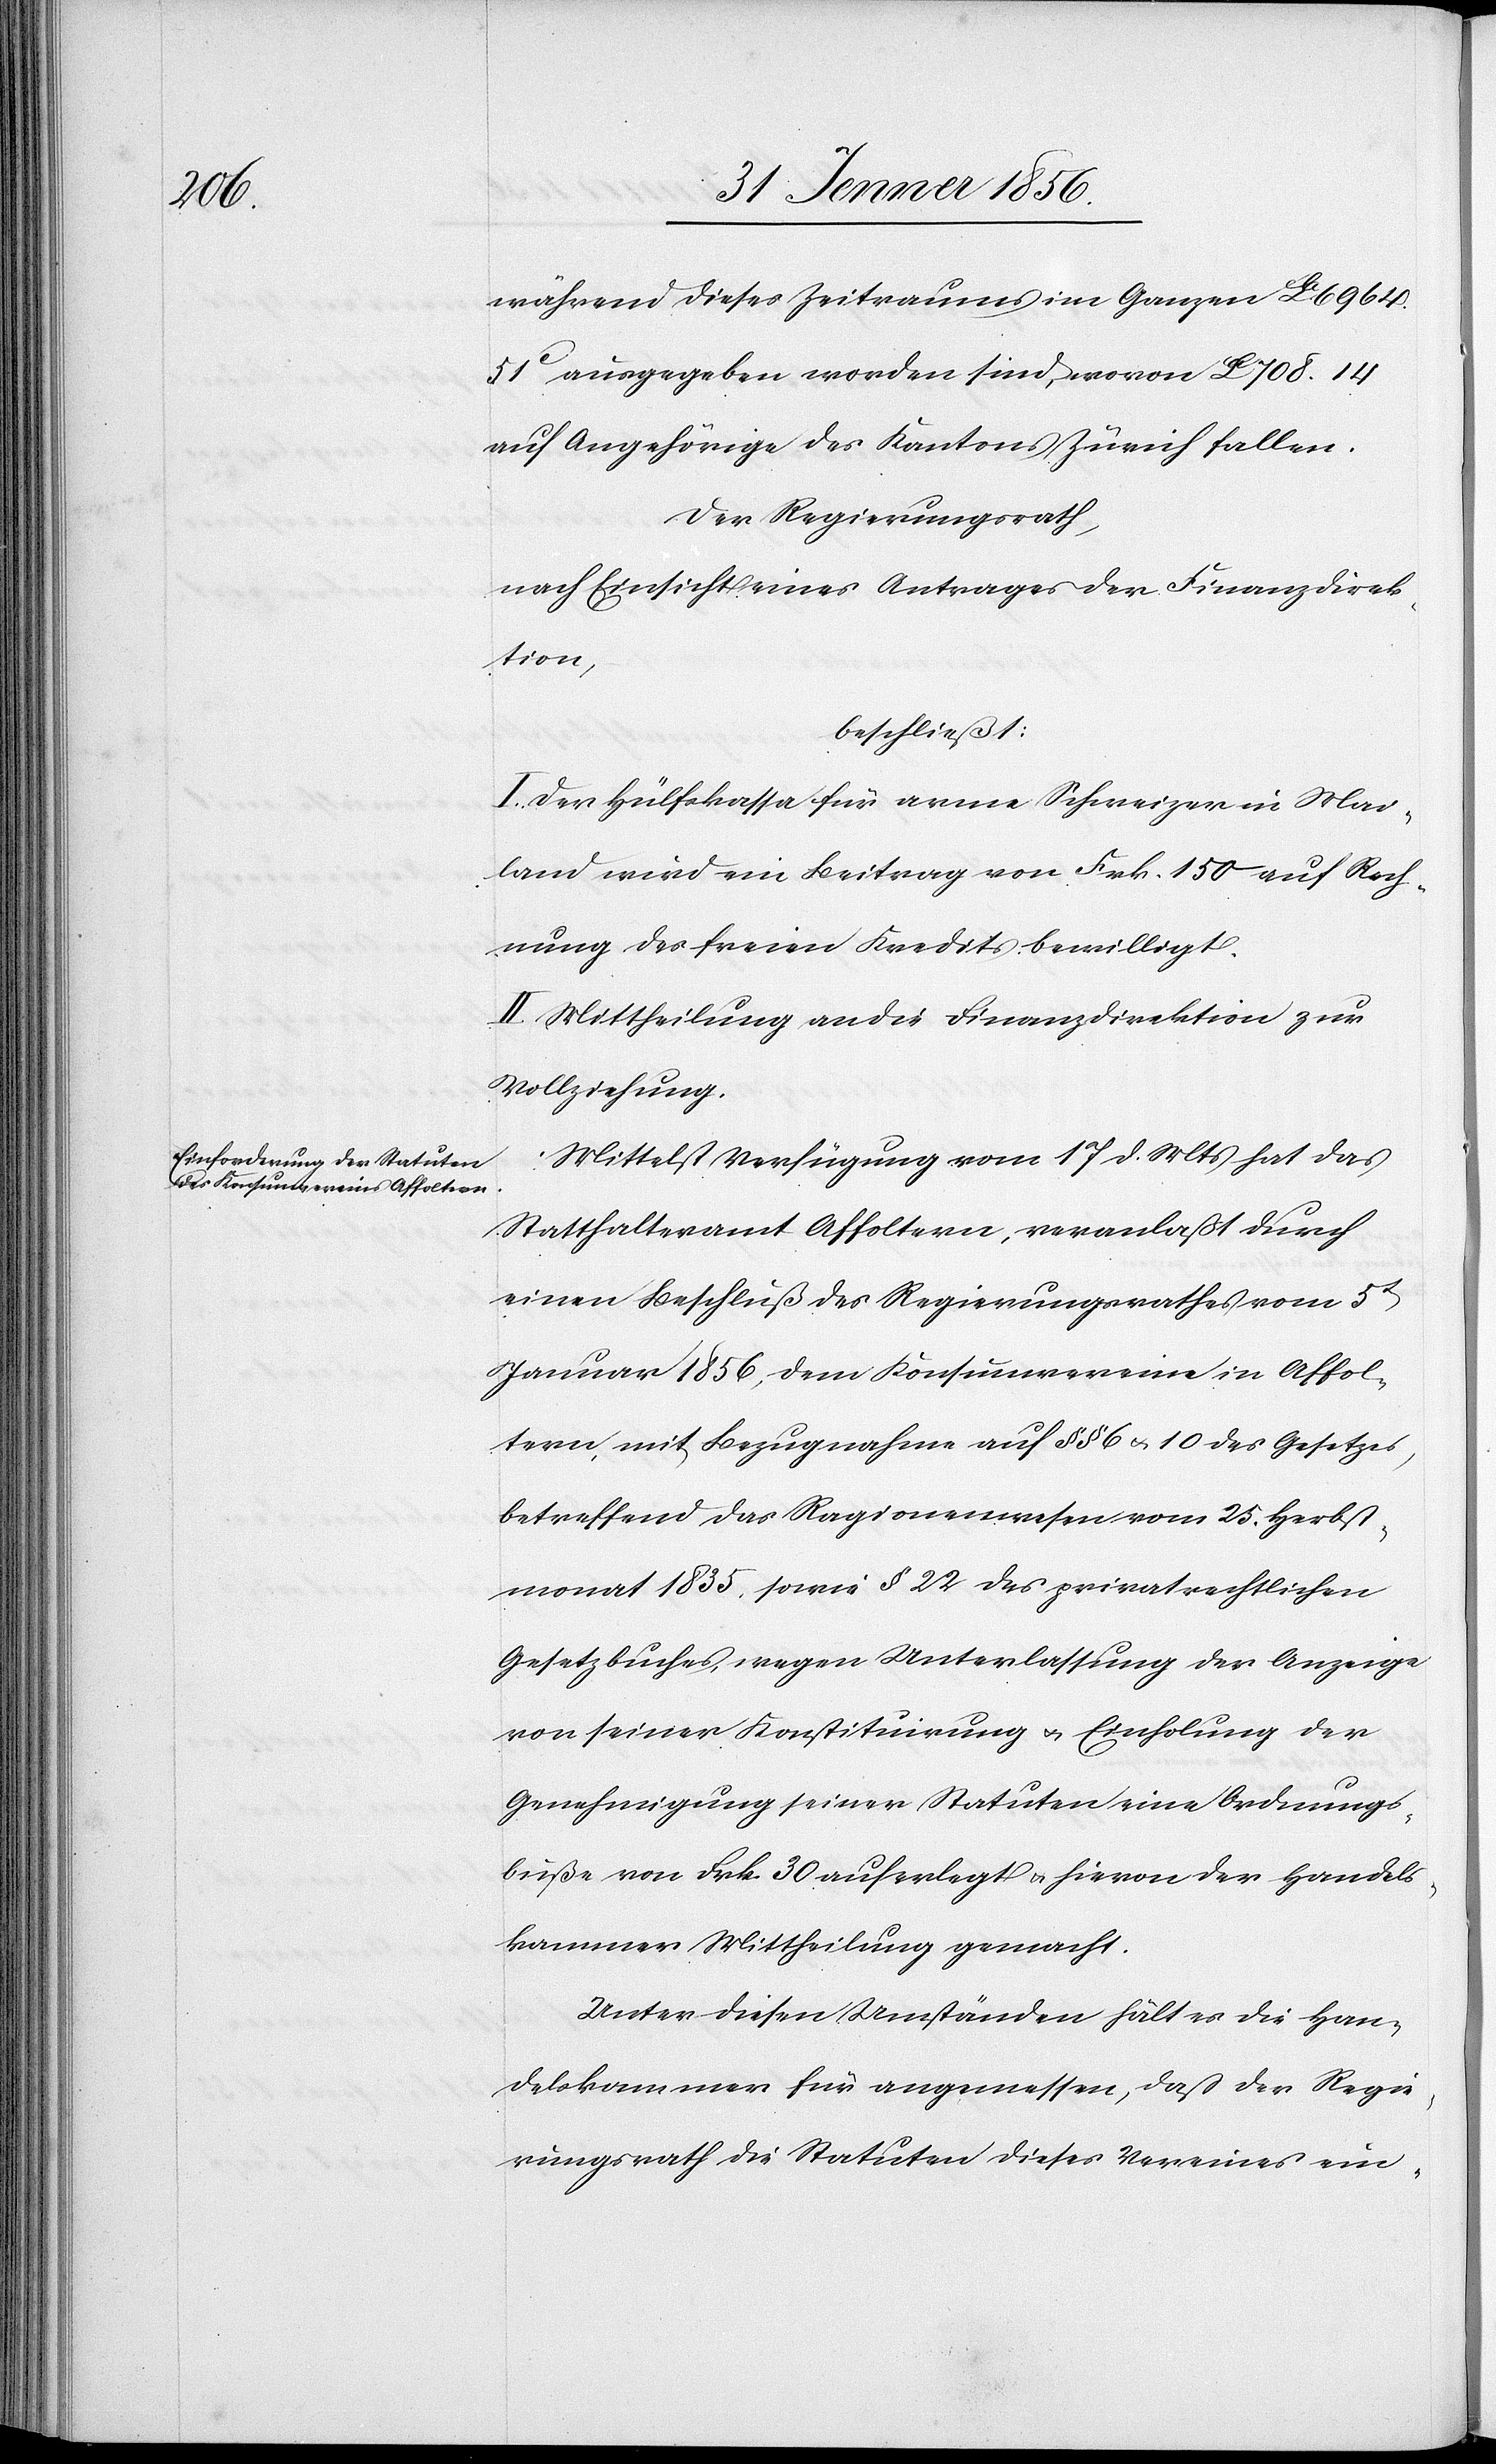
während dieses Zeitraums im Ganzen La 6964.
51c ausgegeben worden sind, wovon La 708. 14
auf Angehörige des Kantons Zürich fallen.
Der Regierungsrath,
nach Einsicht eines Antrages der Finanzdirek¬
tion,
beschließt:
I. Der Hülfskassa für arme Schweizer in Mai¬
land wird ein Beitrag von Frk. 150 auf Rech¬
nung des freien Kredits bewilligt.
II. Mittheilung an die Finanzdirektion zur
Vollziehung.
Mittelst Verfügung vom 17 d. Mts hat das
Statthalteramt Affoltern, veranlaßt durch
einen Beschluß des Regierungsrathes vom 5t
Januar 1856, dem Konsumvereine in Affol¬
tern, mit Bezugnahme auf §§ 6 u. 10 des Gesetzes
betreffend das Ragionenwesen vom 25. Herbst¬
monat 1835, sowie § 22 des privatrechtlichen
Gesetzbuches, wegen Unterlassung der Anzeige
von seiner Konstituirung u. Einholung der
Genehmigung seiner Statuten eine Ordnungs¬
buße von Frk. 30 auferlegt u. hievon der Handels¬
kammer Mittheilung gemacht.
Unter diesen Umständen hält es die Han¬
delskammer für angemessen, daß der Regie¬
rungsrath die Statuten dieses Vereines ein-